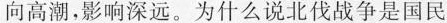
向高潮，影响深远。为什么说北伐战争是国民